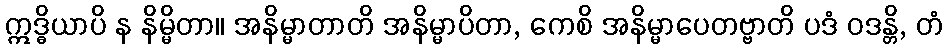
ဣဒ္ဓိယာပိ န နိမ္မိတာ။ အနိမ္မာတာတိ အနိမ္မာပိတာ, ကေစိ အနိမ္မာပေတဗ္ဗာတိ ပဒံ ဝဒန္တိ, တံ